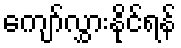
ကျော်လွှားနိုင်ရန်